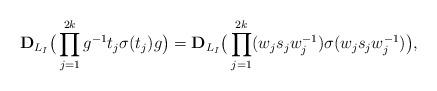
LaTeX: \begin{align*}\mathbf{D}_{L_I}\big(\prod_{j=1}^{2k}g^{-1}t_j\sigma(t_j) g\big)=\mathbf{D}_{L_I}\big(\prod_{j=1}^{2k}(w_js_jw_j^{-1})\sigma(w_js_jw_j^{-1})\big),\end{align*}